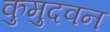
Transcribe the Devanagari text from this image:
कुमुदवन